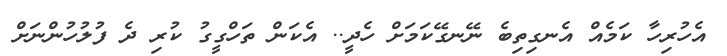
އެހުރިހާ ކަމެއް އެނގިތިބެ ނޭނގޭކަމަށް ހެދީ.. އެކަން ތަހްގީގު ކުރި ދެ ފުލުހުންނަށް